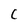
Character: C